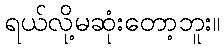
ရယ်လို့မဆုံးတော့ဘူး။